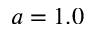
a = 1 . 0